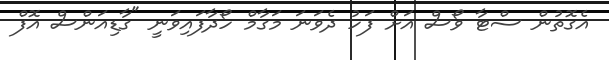
އެގޮތުން ސްޓާ ވޯސް އަށް ފަހު ދެވަނަ މަގާމް ހޯދާފައިވަނީ "ގާޑިއަންސް އޮފް